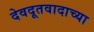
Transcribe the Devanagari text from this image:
देवदूतवादाच्या